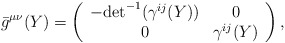
\begin{align*}{}\bar{g}^{\mu \nu}(Y) = \left( \begin{array}{cc} -{\det}^{-1} (\gamma^{ij}(Y)) & 0 \\ 0 & \gamma^{ij}(Y) \end{array} \right),\end{align*}